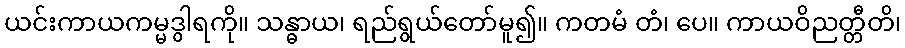
ယင်းကာယကမ္မဒွါရကို။ သန္ဓာယ၊ ရည်ရွယ်တော်မူ၍။ ကတမံ တံ၊ ပေ။ ကာယဝိညတ္တီတိ၊